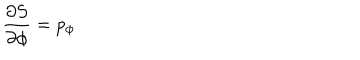
{ \frac { \partial S } { \partial \phi } } = p _ { \phi }